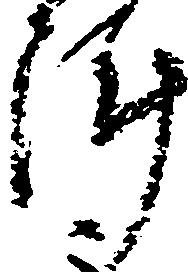
陣